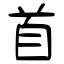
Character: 首